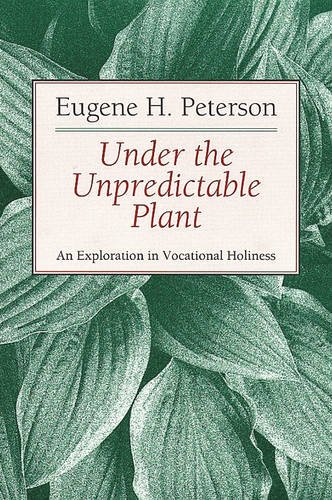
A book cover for Under the Unpredictable Plant: An Exploration in Vocational Holiness; Eugene H. Peterson; Christian Books & Bibles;